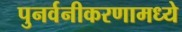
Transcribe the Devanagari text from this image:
पुनर्वनीकरणामध्ये